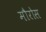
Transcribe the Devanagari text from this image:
मौरोस